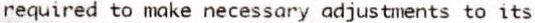
REQUIRED TO MAKE NECESSARY ADJUSTMENTS TO ITS